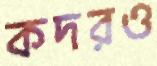
কদরও